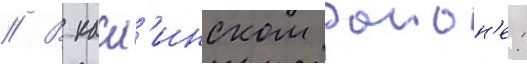
// В касл'инском раион'е: